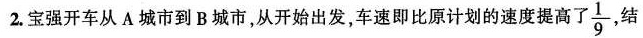
2.宝强开车从A城市到B城市，从开始出发，车速即比原计划的速度提高了\frac{1}{9},结